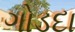
ગોડદા